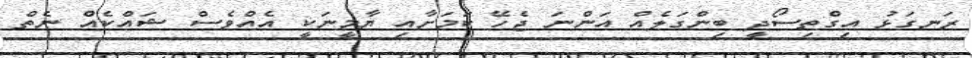
ރަނގަޅު އިގްތިސޯދީ ބިންގަލެއް އަންނަ ޖެހޭ ކަމަށާއި ޔާމީނަކީ އެއްވެސް ޝައްކެއް ނެތް